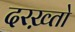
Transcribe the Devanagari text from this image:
दरख़्तो